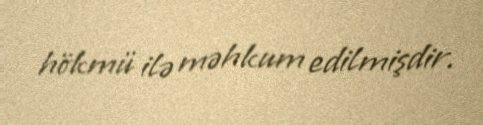
hökmü ilə məhkum edilmişdir.